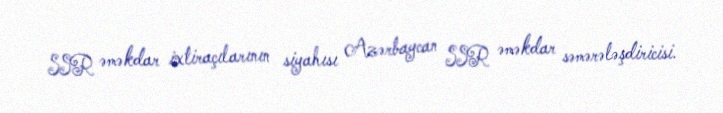
SSR əməkdar ixtiraçılarının siyahısı Azərbaycan SSR əməkdar səmərələşdiricisi.